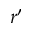
r ^ { \prime }